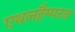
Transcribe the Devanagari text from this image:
एथलहैम्पटन